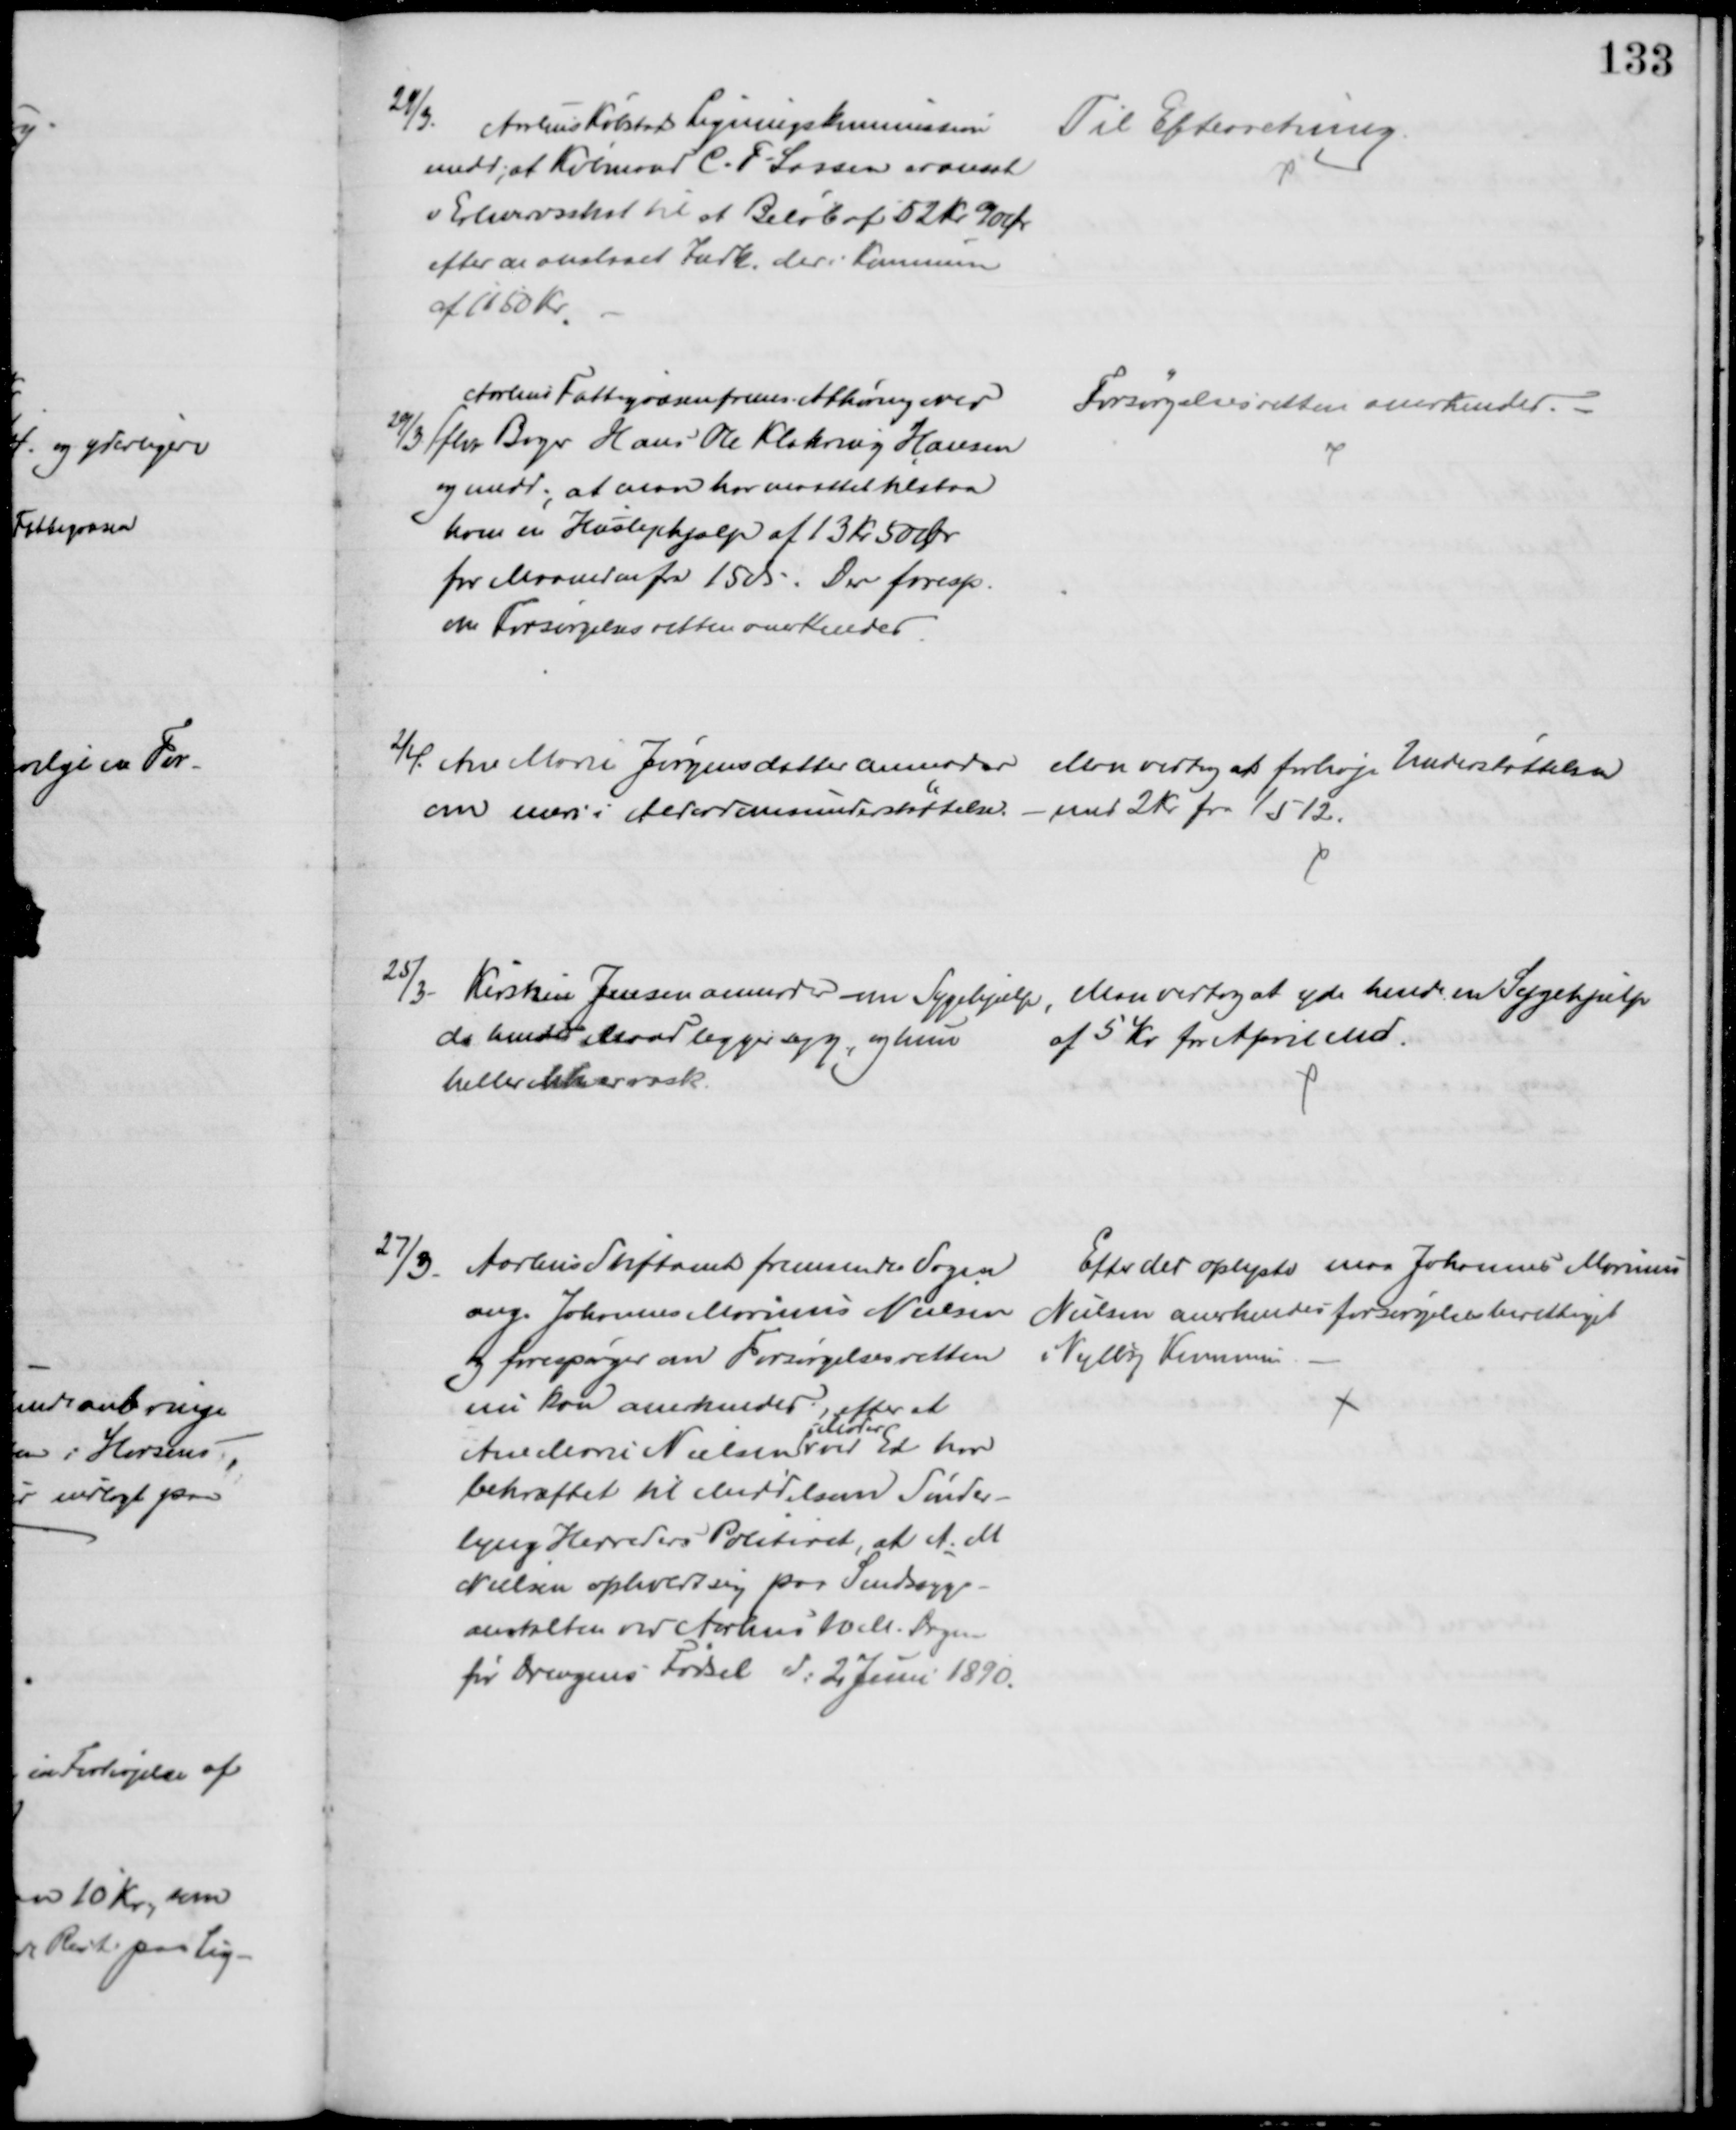
Transskription:
29/3.
Aarhus Købstad Ligningskommission
medd; at Købmand C. F. Lassen er ansat
i Erhvervsskat til et Beløb af 52 Kr 90 Ør
efter en anslaaet Indk. der i Kommunen
af 1150 Kr.
Til Efterretning.
29/3 
Aarhus Fattigvæsen frems. Afhøring over
fhv. Bager Hans Ole Klakring Hansen
og medd. at man har maattet tilstaa
ham en Huslejehjælp af 13 Kr 50 Ør
for Maaneden fra 15 ds. Der foresp.
om Forsørgelsesretten anerkendes
Forsørgelsesretten anerkendes.
2/4. Ane Marie Jørgensdatter anmoder 
om mere i Alderdomsunderstøttelse.
Man vedtog at forhøje Understøttelsen
med 2 Kr fra 1/5 12.
25/3
Kirstine Jensen anmoder om Sygehjælp, 
da hendes Mand ligger syg, og hun
heller ikke er rask.
Man vedtog at yde hende en Sygehjælp
af 5 Kr for April Md.
27/3 Aarhus Stiftamt fremsender Sagen
ang. Johannes Marinus Nielsen
og forespørger om Forsørgelsesretten
nu kan anerkendes, efter at
Ane Marie Nielsen 
Moder
ved Ed har
bekræftet til Middelsom Sønder-
lyng Herreders Politiret, at A. M.
Nielsen opholdt sig paa Sindssyge-
anstalten ved Aarhus 10 M. Dagen
før Drengens Fødsel d: 2 Juni 1890.
Efter det oplyste maa Johannes Marinus
Nielsen anerkendes forsørgelsesberettiget
i Vejlby Kommune.